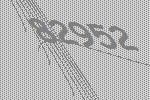
82952